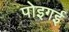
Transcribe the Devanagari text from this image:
पोइगई